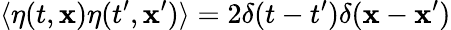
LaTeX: \langle\eta(t,{\mathbf x})\eta(t^{\prime},{\mathbf x}^{\prime})\rangle=2\delta(t-t^{\prime})\delta({\mathbf x}-{\mathbf x}^{\prime})